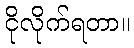
ငိုလိုက်ရတာ။